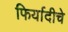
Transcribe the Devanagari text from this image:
फिर्यादीचे